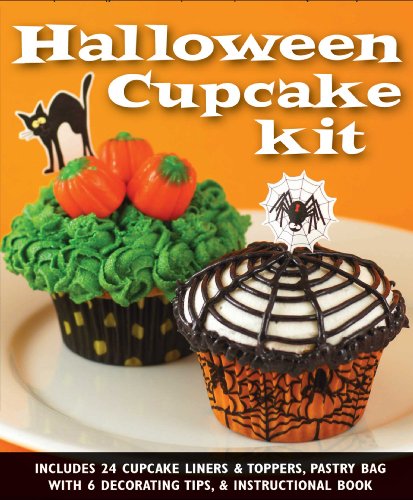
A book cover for Halloween Cupcake Kit; Juan Arache; Cookbooks, Food & Wine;